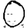
Digit: 0